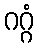
ဂဂ္ဂံ